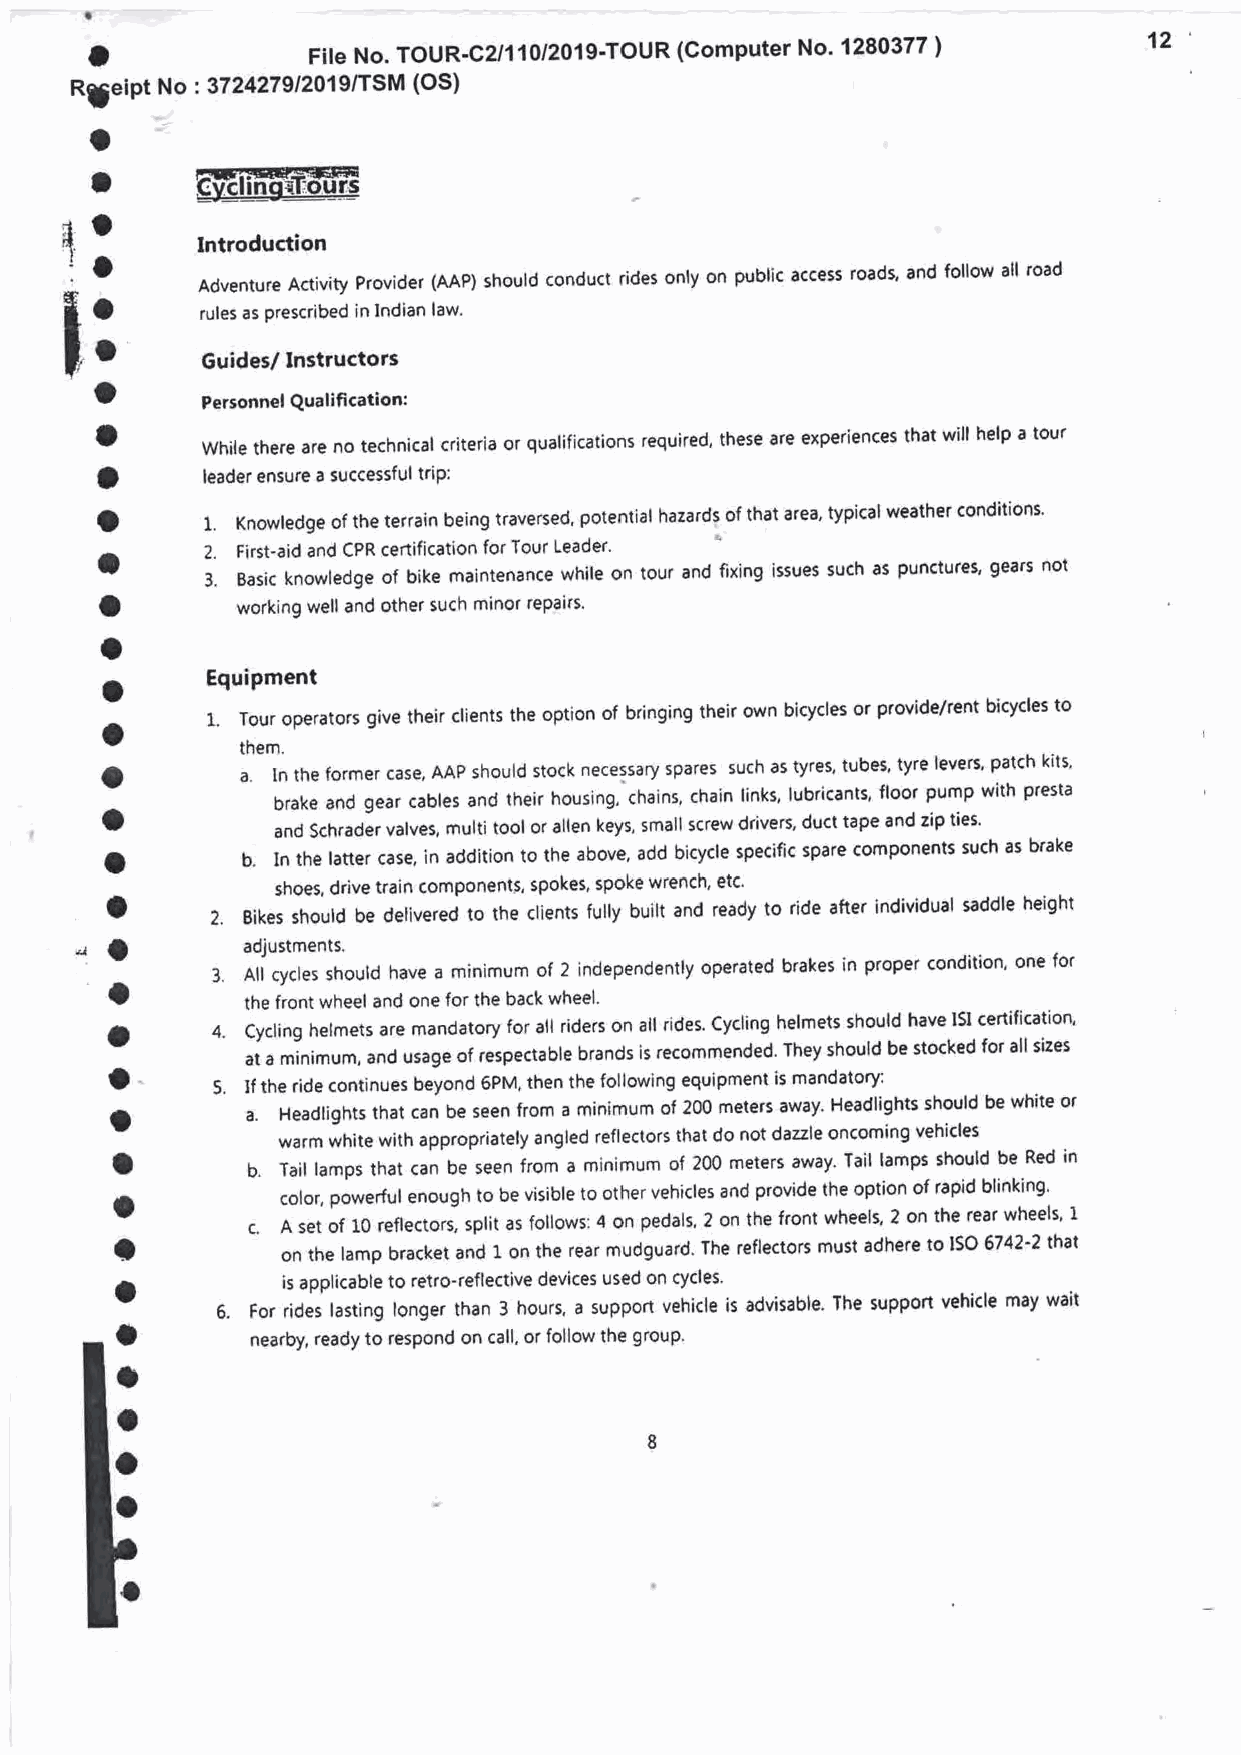
a
 o                                                                     12
 FileNo.ToUR.c2l110/2019.TOUR(computerNo.1280377)
 Rleint No 23724279/2019/TSM (OS)
 o
 a
 o
 *
 Introduction
 I o
 ;        Adventure Activity Provider (AAP) should (onduct rides only on public access roads, and follow all road
 o
 rules as prescribed in lndian law.
 t o
 Guides/ Instructors
 o
 Personnel Qualifi cation:
 a
 while there are no technical criteria or qualifications required, these are experiences that will help a tour
 a
 leader ensure a successful triP:
 o       1. Knowledge of the terrain being traversed, potential hazards of that area' typical weather conditions'
 a      2. First-aid and CPR cenification for Tour Leader'
 3. Basic knowledge of bike maintenance while on tour and fixing issues such as Puncturet gears not
 o
 working well and other such minor repairs'
 a
 a      Equipment
 o      1. Tour operators give their clients the option of bringing their own bicycles or provide/rent bicycles to
 them.
 o        a. In the former case, AAP should stock necessary spares such as tyres, tubes' tyre levers' patch kits'
 o          brakeandgearcablesandtheirhousing,chains,chainlinks,lubricants,floorpumpwithpresta
 and Schrader valves, multi tool or allen keys, small screw drivers, duct tape and zip ties'
 o        b. In the latter case, in addition to the above, add bicycle specific spare comPonents such as brake
 ,o           shoes, drive train component5, spokes, spoke wrench' etc'
 2. gikes shoutd be detivered to the ctients fulty built and ready to ride after individual saddle height
 cO
 adjustments.
 a      3. All cycles should have a minimum of 2 independently operated brakes in proper condition' one for
 the front wheel and one for the back wheel'
 o      4. Cycling helmets are mandatory for all riders on all rides. Cycling helmets should have tSI certification'
 at a minimum, and usage of respectable brands is recommended. They should be stocked for all sizes
 o
 5. If the ride €ontinues beyond 6PM, then the following equipment is mandatory;
 o        a. Headlights that can be seen from a minimum of 200 meters away. Headlights should be white or
 warm white with appropriately angled reflectors that do not dazzle oncoming vehicles
 o        b. Tail lamps that can be seen from a minimum of 200 meters away' Tail lamps should be Red in
 o          color, powerful enough to be visible to other vehicles and provide the option of rapid blinking'
 c. A set of 10 reflectors, split as follows: 4 on pedals, 2 on the front wheels, 2 on the rear wheels' I'
 o          on the lamp bracket and 1 on the rear mudguard. The reflectors must adhere to ISO 6742'2 that
 o          is applicabte to retro-reflective devices used on cycles'
 6. For rides lasting longer than 3 hours. a support vehicle is advisable' The suppon vehicle may wait
 nearby, ready to respond on call, or follow the group'